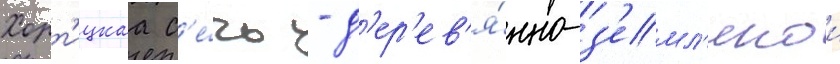
Хорт'ицкаа с'е́чь - д'ер'ев'я́нно-з'емл'янои